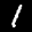
Label: 1